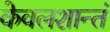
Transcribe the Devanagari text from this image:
केवलशान्तं